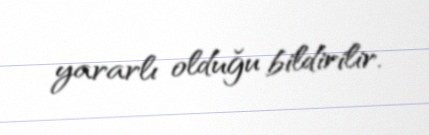
yararlı olduğu bildirilir.